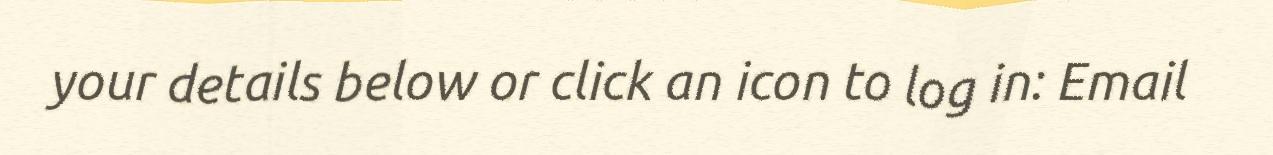
your details below or click an icon to log in: Email